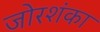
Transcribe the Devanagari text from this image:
जोरशंका